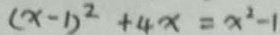
( x - 1 ) ^ { 2 } + 4 x = x ^ { 2 } - 1